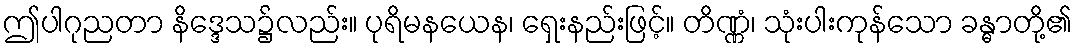
ဤပါဂုညတာ နိဒ္ဒေသ၌လည်း။ ပုရိမနယေန၊ ရှေးနည်းဖြင့်။ တိဏ္ဏံ၊ သုံးပါးကုန်သော ခန္ဓာတို့၏